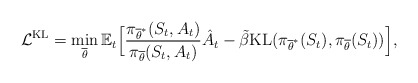
\begin{align*} \mathcal{L}^{\mathrm{KL}} = \min_{\overline{\theta}} \mathbb{E}_t\Big[\frac{\pi_{\overline{\theta}^{*}}(S_t, A_t)}{\pi_{\overline{\theta}}(S_t, A_t)}\hat{A}_t - \tilde{\beta}\mathrm{KL}(\pi_{\overline{\theta}^{*}}(S_t), \pi_{\overline{\theta}}(S_t))\Big],\end{align*}